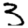
Digit: 3